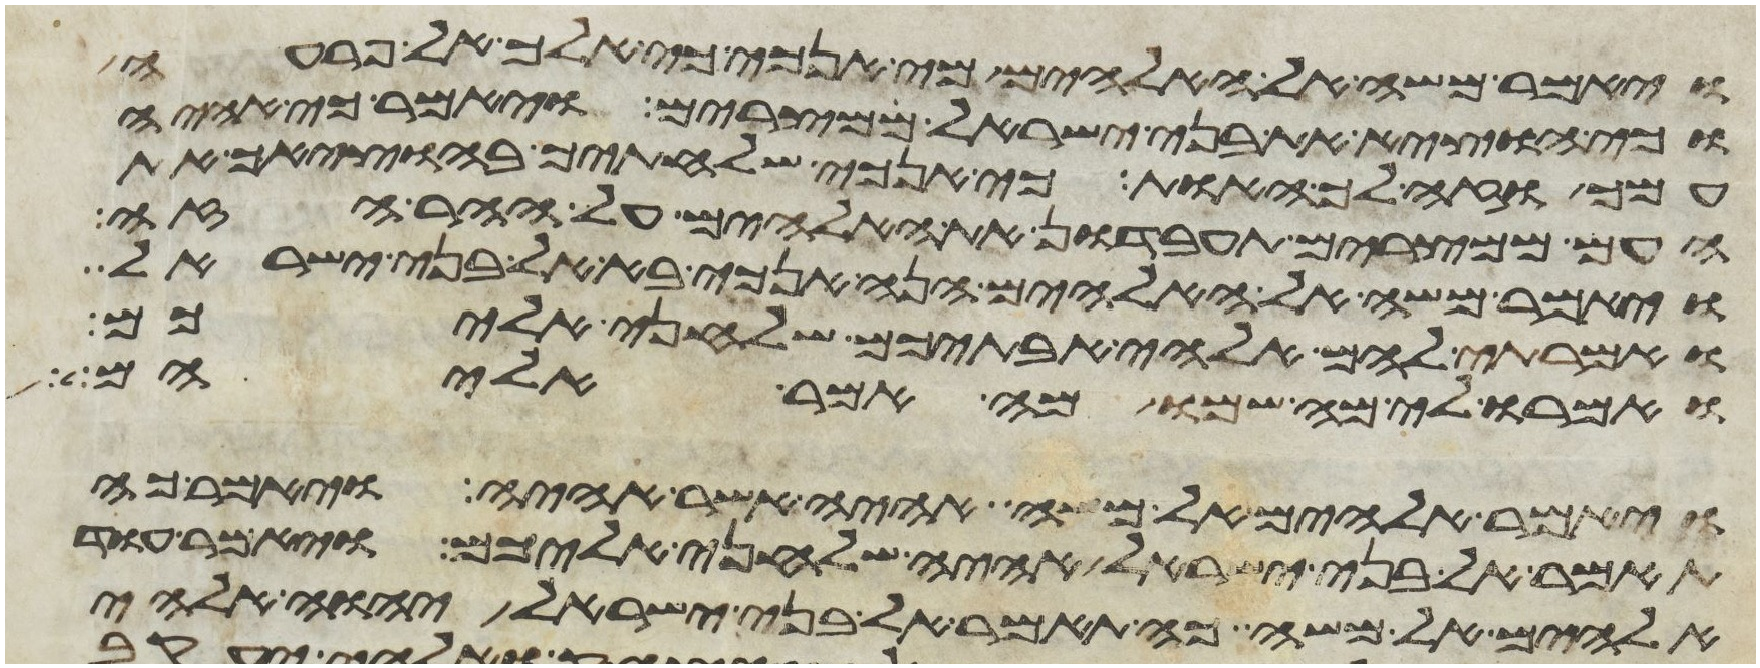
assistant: ויאמר משה אל האלהים מי אנכי כי אלך אל פרעה
וכי אוציא את בני ישראל ממצרים ויאמר כי אהיה
עמך וזה לך האות כי אנכי שלחתיך בהוציאך את
העם ממצרים תעבדון את האלהים על ההר הזה
ויאמר משה אל האלהים הנה אנכי בא אל בני ישראל
ואמרתי להם אלהי אבתיכם שלחני אליכם
ואמרו לי מה שמו מה אמר אליהם
ויאמר אלהים אל משה אהיה אשר אהיה ויאמר כה
תאמר אל בני ישראל אהיה שלחני אליכם ויאמר עוד
אלהים אל משה כה תאמר אל בני ישראל יהוה אלהי